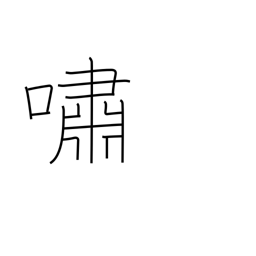
Meaning: recite emotionally